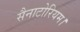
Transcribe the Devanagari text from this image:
सैनाटोरियम।